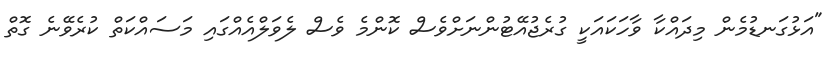
"އަޅުގަނޑުމެން މިދައްކާ ވާހަކައަކީ ގުރެޖުއޭޓުންނަށްވެސް ކޮންމެ ވެސް ލެވަލްއެއްގައި މަސައްކަތް ކުރެވޭނެ ގޮތް